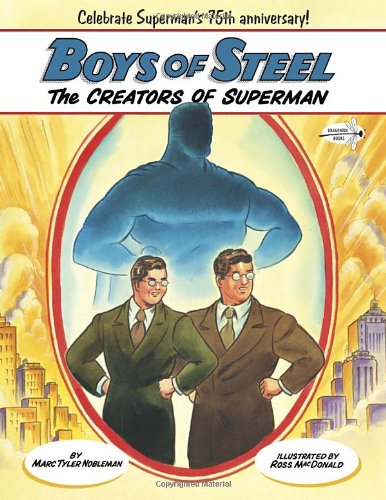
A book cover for Boys of Steel: The Creators of Superman; Marc Tyler Nobleman; Children's Books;